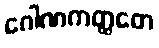
ဂေါဏကတ္ထတေ